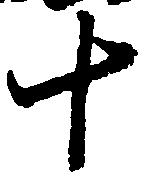
十